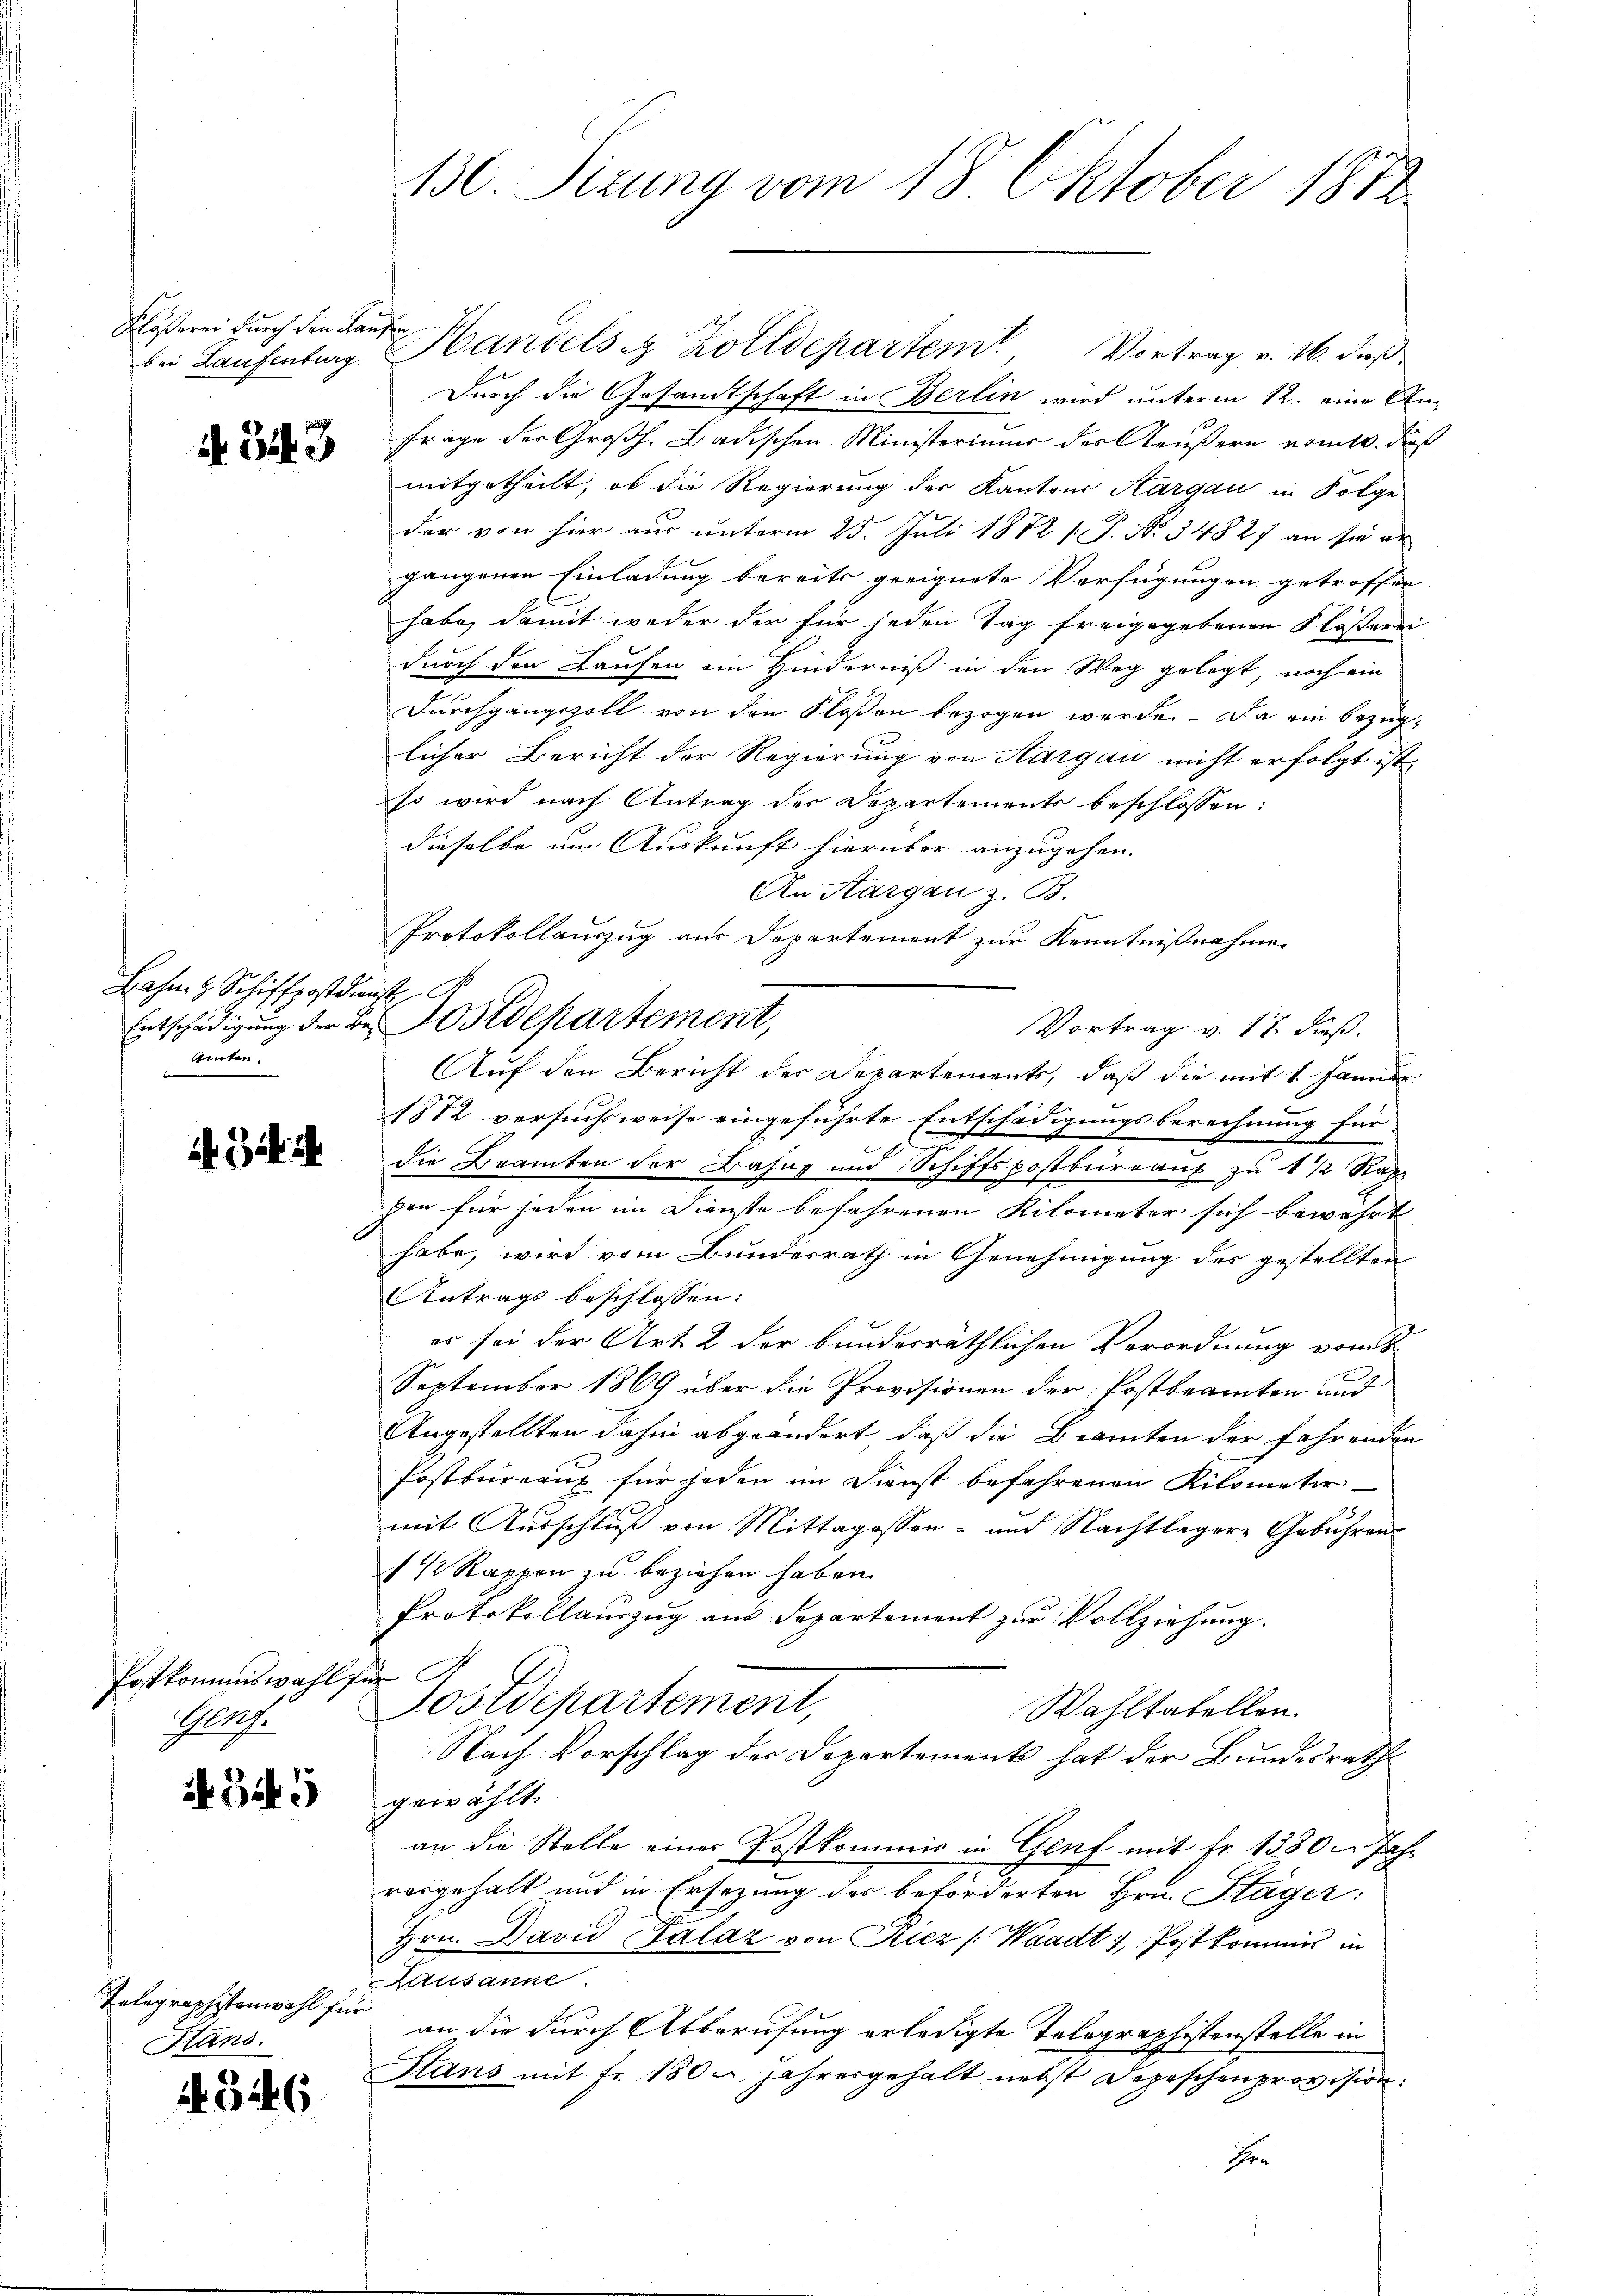
Flößerei durch den Kaufen

i. B. 3

Lahn z. Schiffpostdienst.
Amten.

ih die ih

Postkommiswahl
Glach.

345

Telegraphistenwahl für
Stand.

4346

130. Sizung vom 18. Oktober 1872

bei Laufenburg. Handelseg Zolldepartem Vortrag v. M. dieß
Durch die Gesandtschaft in Berlin wird unterm 12. eine An¬
Frage der Großh. Badischen Ministerium des Aeußern vom 10. Fuß
mitgetheilt, ob die Regierung der Kantons Aargau in Folge
der von hier aus unterm 25. Juli 1872 f. P. Nr. 34827 an sie er
gangenen Einladung bereits geeignete Verfügungen getroffen
habe, damit weder der für jeden Tag freigegebenen Klösterei
durch den Laufen ein Hinderniß in den Weg gelegt, noch ein
Durchgangszoll von den Floßen bezogen werden. Da ein bezuglicher Bericht der Regierung von Aargau nicht erfolgt ist.
so wird nach Antrag der Departements beschlossen:
dieselbe um Auskunft hierüber anzugehen.
An Aargau z. B.
Protokollauszug aus Departement zur Kenntnißnahme
Vortrag v. 17. dieß.
Auf den Bericht der Departements, daß die mit 1 Januar
1872 versuchsweise eingeführte Entschädigungsberechnung für
die Beamten der Bahn und Schiffspostbüreau zu 1 1/2 Rap
pon für jeden im Dienste befahrenen Kilometer sich bewährt
habe, wird vom Bundesrath in Genehmigung des gestellten
Antrags beschlossen:
es sei der Art 2 der bundesräthlichen Verordnung vom 8.
September 1869 über die Provisionen der Postbeamten und
Angestellten dahin abgeändert, daß die Beamten der fahrenden
Postbureaux für jeden im Dienst befahrenen Kilometer
mit Ausschluß von Mittagessen- und Nachtlagere Gebühren
1 1/2 Rappen zu beziehen haben.
Protokollauszug aus Departement zur Vollziehung.
iche A
Postdepartement,
Wahltabellen.
Nach Vorschlag der Departements hat der Bundesrath
gewählt.
an die Stelle einer Postkommis in Genf mit fr. 1330. Jahr
rosgehalt und in Ersezung des beförderten Hrn. Stäger:
Hrn. David Palaz von Ricz (Waadt, Postkommis in
Ausanne
an die durch Abberufung erledigte Telegraphistenstelle in
Slans mit Fr. 180 u. Jahresgehalt nebst Depeschenprovision:
Ehre

Entschädigung der Bei Postdepartement,